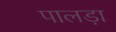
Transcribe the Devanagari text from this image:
पालड़ा